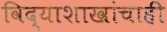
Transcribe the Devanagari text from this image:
विद्याशाखांचाही